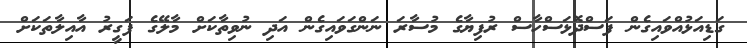
ގަޑިއަޅުއްވައިގެން ފަސްދޮޅަސްހާސް ރުފިޔާގެ މުސާރަ ނަންގަވައިގެން އަދި ނުވިތާކަށް މާލޭގެ ފަގީރު އާއިލާތަކަށް